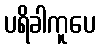
ပရိခါကူပေ